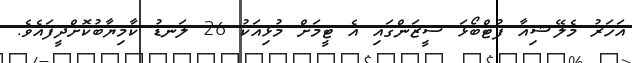
އަހަރު މެލޭޝިއާ ފުޓްބޯޅަ ސީޒަންގައި އެ ޓީމަށް މުޅިއަކު 26 ލަނޑު ކާމިޔާބުކޮށްދީފައެވެ.